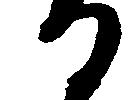
る